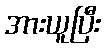
အားယူပြီး